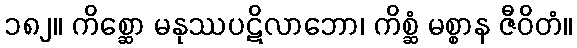
၁၈၂။ ကိစ္ဆော မနုဿပဋိလာဘော၊ ကိစ္ဆံ မစ္စာန ဇီဝိတံ။